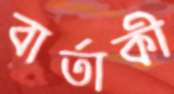
বার্তাকী